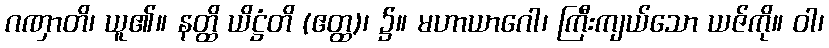
ဂဏှာတိ၊ ယူ၏။ နတ္ထိ ယိဋ္ဌံတိ (ဧတ္ထ)၊ ၌။ မဟာယာဂေါ၊ ကြီးကျယ်သော ယဇ်ကို။ ဝါ၊